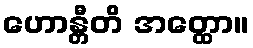
ဟောန္တီတိ အတ္ထော။